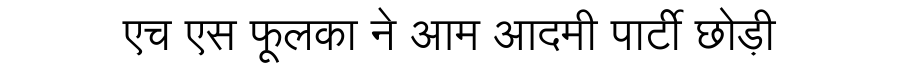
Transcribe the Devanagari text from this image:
एच एस फूलका ने आम आदमी पार्टी छोड़ी